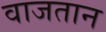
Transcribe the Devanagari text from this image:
वाजतान